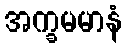
အက္ခမမာနံ